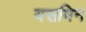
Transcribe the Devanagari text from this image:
यसमिन